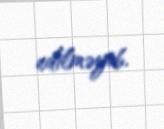
edilməyib.